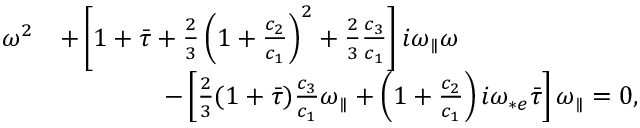
\begin{array} { r l } { \omega ^ { 2 } } & { + \left[ 1 + \bar { \tau } + \frac { 2 } { 3 } \left( 1 + \frac { c _ { 2 } } { c _ { 1 } } \right) ^ { 2 } + \frac { 2 } { 3 } \frac { c _ { 3 } } { c _ { 1 } } \right] i { \omega _ { \parallel } } \omega } \\ & { \quad \quad \quad \quad - \left[ \frac { 2 } { 3 } ( 1 + \bar { \tau } ) \frac { c _ { 3 } } { c _ { 1 } } { \omega _ { \parallel } } + \left( 1 + \frac { c _ { 2 } } { c _ { 1 } } \right) i \omega _ { * e } \bar { \tau } \right] { \omega _ { \parallel } } = 0 , } \end{array}